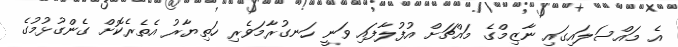
އެ މައްސަލައިގައި ނާޒިމްގެ މައްޗަށް އުފުލާފައި ވަނީ ހަނގުރާމަވެރި ހަތިޔާރު އެތެރެކޮށް ގެންގުޅުމުގެ